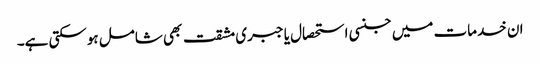
ان خدمات میں جنسی استحصال یا جبری مشقت بھی شامل ہوسکتی ہے۔